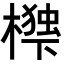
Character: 𭬃